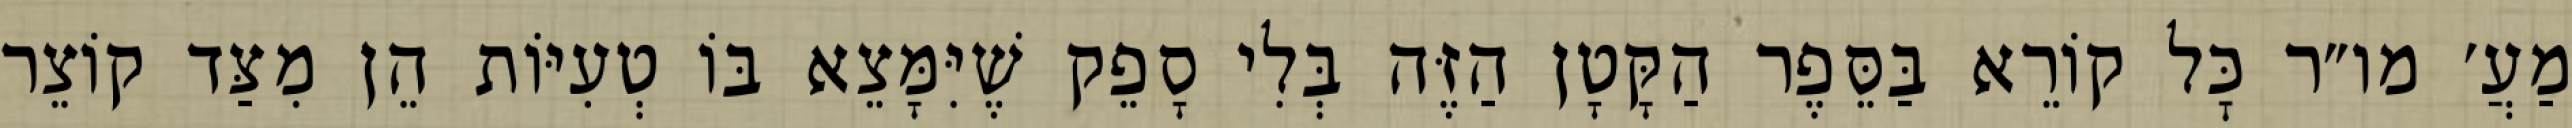
מַעֲ׳ מו״ר כׇּל קוֹרֵא בַּסֵּפֶר הַקָּטָן הַזֶּה בְּלִי סָפֵק שֶׁיִּמָּצֵא בּוֹ טְעִיּוֹת הֵן מִצַּד קוֹצֵר